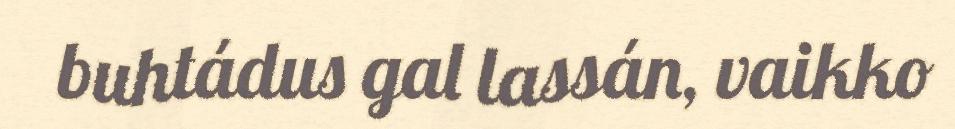
buhtádus gal lassán, vaikko